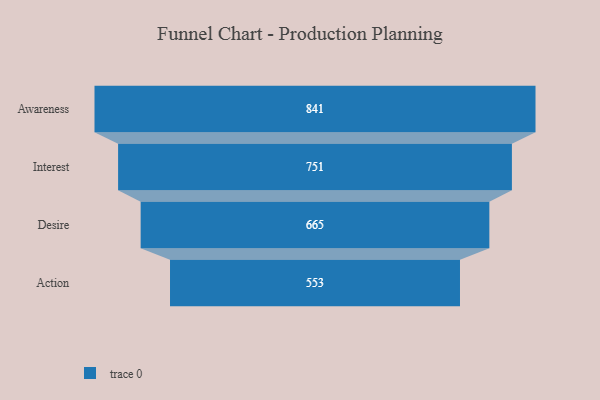
{"axis": {"x": "Stage", "y": "Value"}, "legend": [""], "data": [{"x": "Awareness", "y": 841.0, "type": ""}, {"x": "Interest", "y": 751.0, "type": ""}, {"x": "Desire", "y": 665.0, "type": ""}, {"x": "Action", "y": 553.0, "type": ""}]}